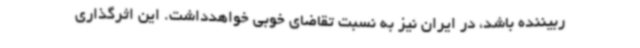
ربیننده باشد، در ایران نیز به نسبت تقاضای خوبی خواهدداشت. این اثرگذاری